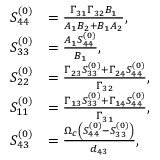
\begin{array} { r l } { S _ { 4 4 } ^ { ( 0 ) } } & { = \frac { \Gamma _ { 3 1 } \Gamma _ { 3 2 } B _ { 1 } } { A _ { 1 } B _ { 2 } + B _ { 1 } A _ { 2 } } , } \\ { S _ { 3 3 } ^ { ( 0 ) } } & { = \frac { A _ { 1 } S _ { 4 4 } ^ { ( 0 ) } } { B _ { 1 } } , } \\ { S _ { 2 2 } ^ { ( 0 ) } } & { = \frac { \Gamma _ { 2 3 } S _ { 3 3 } ^ { ( 0 ) } + \Gamma _ { 2 4 } S _ { 4 4 } ^ { ( 0 ) } } { \Gamma _ { 3 2 } } , } \\ { S _ { 1 1 } ^ { ( 0 ) } } & { = \frac { \Gamma _ { 1 3 } S _ { 3 3 } ^ { ( 0 ) } + \Gamma _ { 1 4 } S _ { 4 4 } ^ { ( 0 ) } } { \Gamma _ { 3 1 } } , } \\ { S _ { 4 3 } ^ { ( 0 ) } } & { = \frac { \Omega _ { c } \left( S _ { 4 4 } ^ { ( 0 ) } - S _ { 3 3 } ^ { ( 0 ) } \right) } { d _ { 4 3 } } , } \end{array}